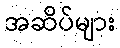
အဆိပ်များ